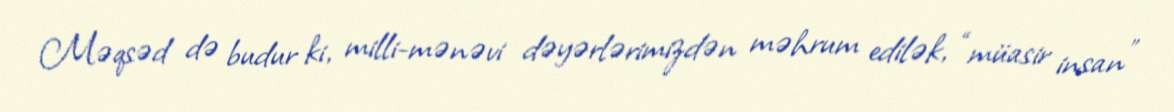
Məqsəd də budur ki, milli-mənəvi dəyərlərimizdən məhrum edilək, “müasir insan”